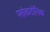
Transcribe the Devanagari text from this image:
प्लांकटोनिक